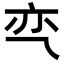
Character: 亪